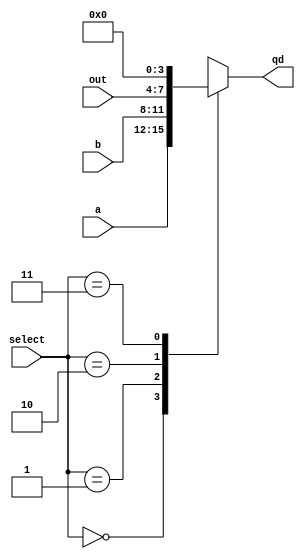
module data_selector(
    input [3:0] a,b,out,
    input [1:0] select,
    output reg [3:0] qd
);

always @* begin
    case (select)
        2'b00 : qd <= a;
        2'b01 : qd <= b;
        2'b10 : qd <= out;
        2'b11 : qd <= 4'b0000;
    endcase
end

endmodule